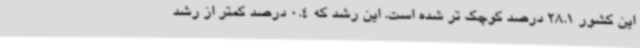
این کشور 28.1 درصد کوچک تر شده است. این رشد که 0.4 درصد کمتر از رشد